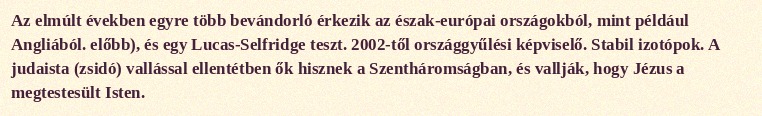
Az elmúlt években egyre több bevándorló érkezik az észak-európai országokból, mint például Angliából. előbb), és egy Lucas-Selfridge teszt. 2002-től országgyűlési képviselő. Stabil izotópok. A judaista (zsidó) vallással ellentétben ők hisznek a Szentháromságban, és vallják, hogy Jézus a megtestesült Isten.